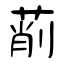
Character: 萷